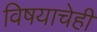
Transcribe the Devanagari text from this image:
विषयाचेही